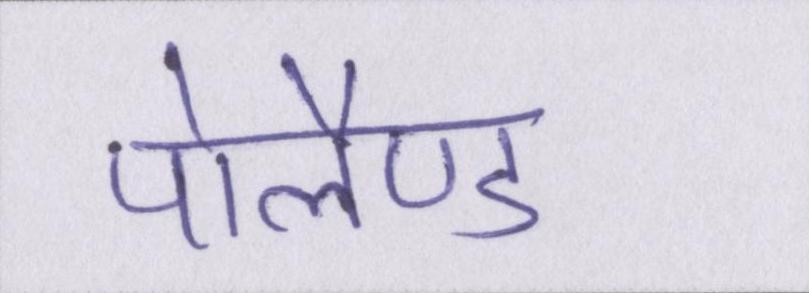
पोलैण्ड